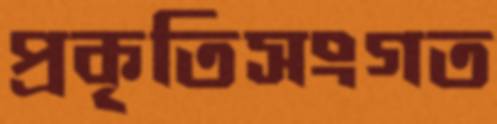
প্রকৃতিসংগত